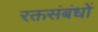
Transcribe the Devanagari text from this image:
रक्तसंबंधों